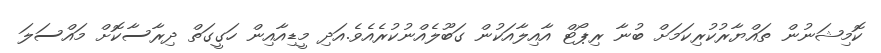
ކޮމިޝަނުން ތައްޔާރުކުރިކަމަށް ބުނާ ރިޕޯޓް އާއިލާއަކުން ގަބޫލެއްނުކުރެއެވެ.އަދި މީޑިއާއިން ހަގީގަތް ދިރާސާކޮށް މައްސަލަ